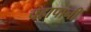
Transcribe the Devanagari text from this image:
चहापानी